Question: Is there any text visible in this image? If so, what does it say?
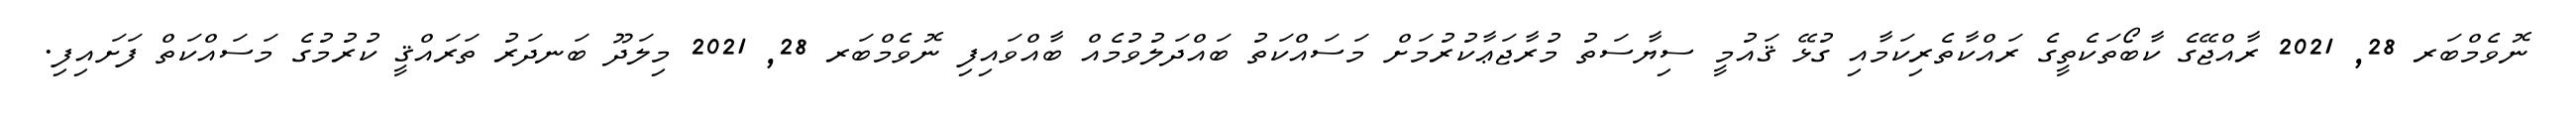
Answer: ނޮވެމްބަރ 28, 2021 ރާއްޖޭގެ ކާބޯތަކެތީގެ ރައްކާތެރިކަމާއި ގުޅޭ ޤައުމީ ސިޔާސަތު މުރާޖަޢާކުރުމަށް މަސައްކަތު ބައްދަލުވުމެއް ބާއްވައިފި ނޮވެމްބަރ 28, 2021 މިލަދޫ ބަނދަރު ތަރައްޤީ ކުރުމުގެ މަސައްކަތް ފަށައިފި.